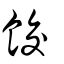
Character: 餃